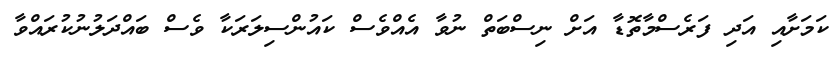
ކަމަށާއި އަދި ފަރެސްމާތޮޑާ އަށް ނިސްބަތް ނުވާ އެއްވެސް ކައުންސިލަރަކާ ވެސް ބައްދަލުނުކުރައްވާ